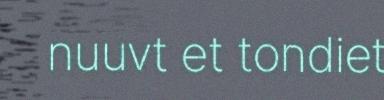
nuuvt et tondiet